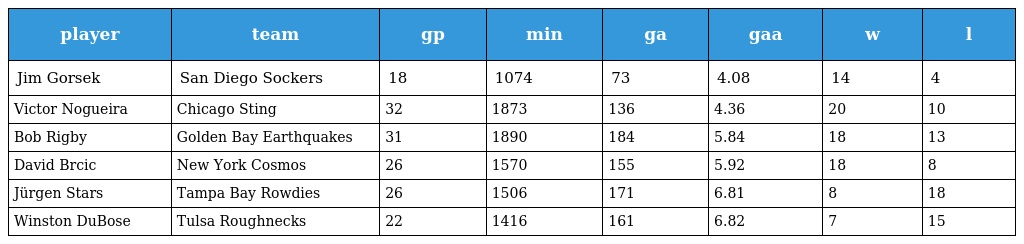
| player | team | gp | min | ga | gaa | w | l |
 | --- | --- | --- | --- | --- | --- | --- | --- |
 | Jim Gorsek | San Diego Sockers | 18 | 1074 | 73 | 4.08 | 14 | 4 |
 | Victor Nogueira | Chicago Sting | 32 | 1873 | 136 | 4.36 | 20 | 10 |
 | Bob Rigby | Golden Bay Earthquakes | 31 | 1890 | 184 | 5.84 | 18 | 13 |
 | David Brcic | New York Cosmos | 26 | 1570 | 155 | 5.92 | 18 | 8 |
 | Jürgen Stars | Tampa Bay Rowdies | 26 | 1506 | 171 | 6.81 | 8 | 18 |
 | Winston DuBose | Tulsa Roughnecks | 22 | 1416 | 161 | 6.82 | 7 | 15 |